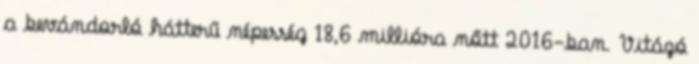
a bevándorló hátterű népesség 18,6 millióra nőtt 2016-ban. Vitázó